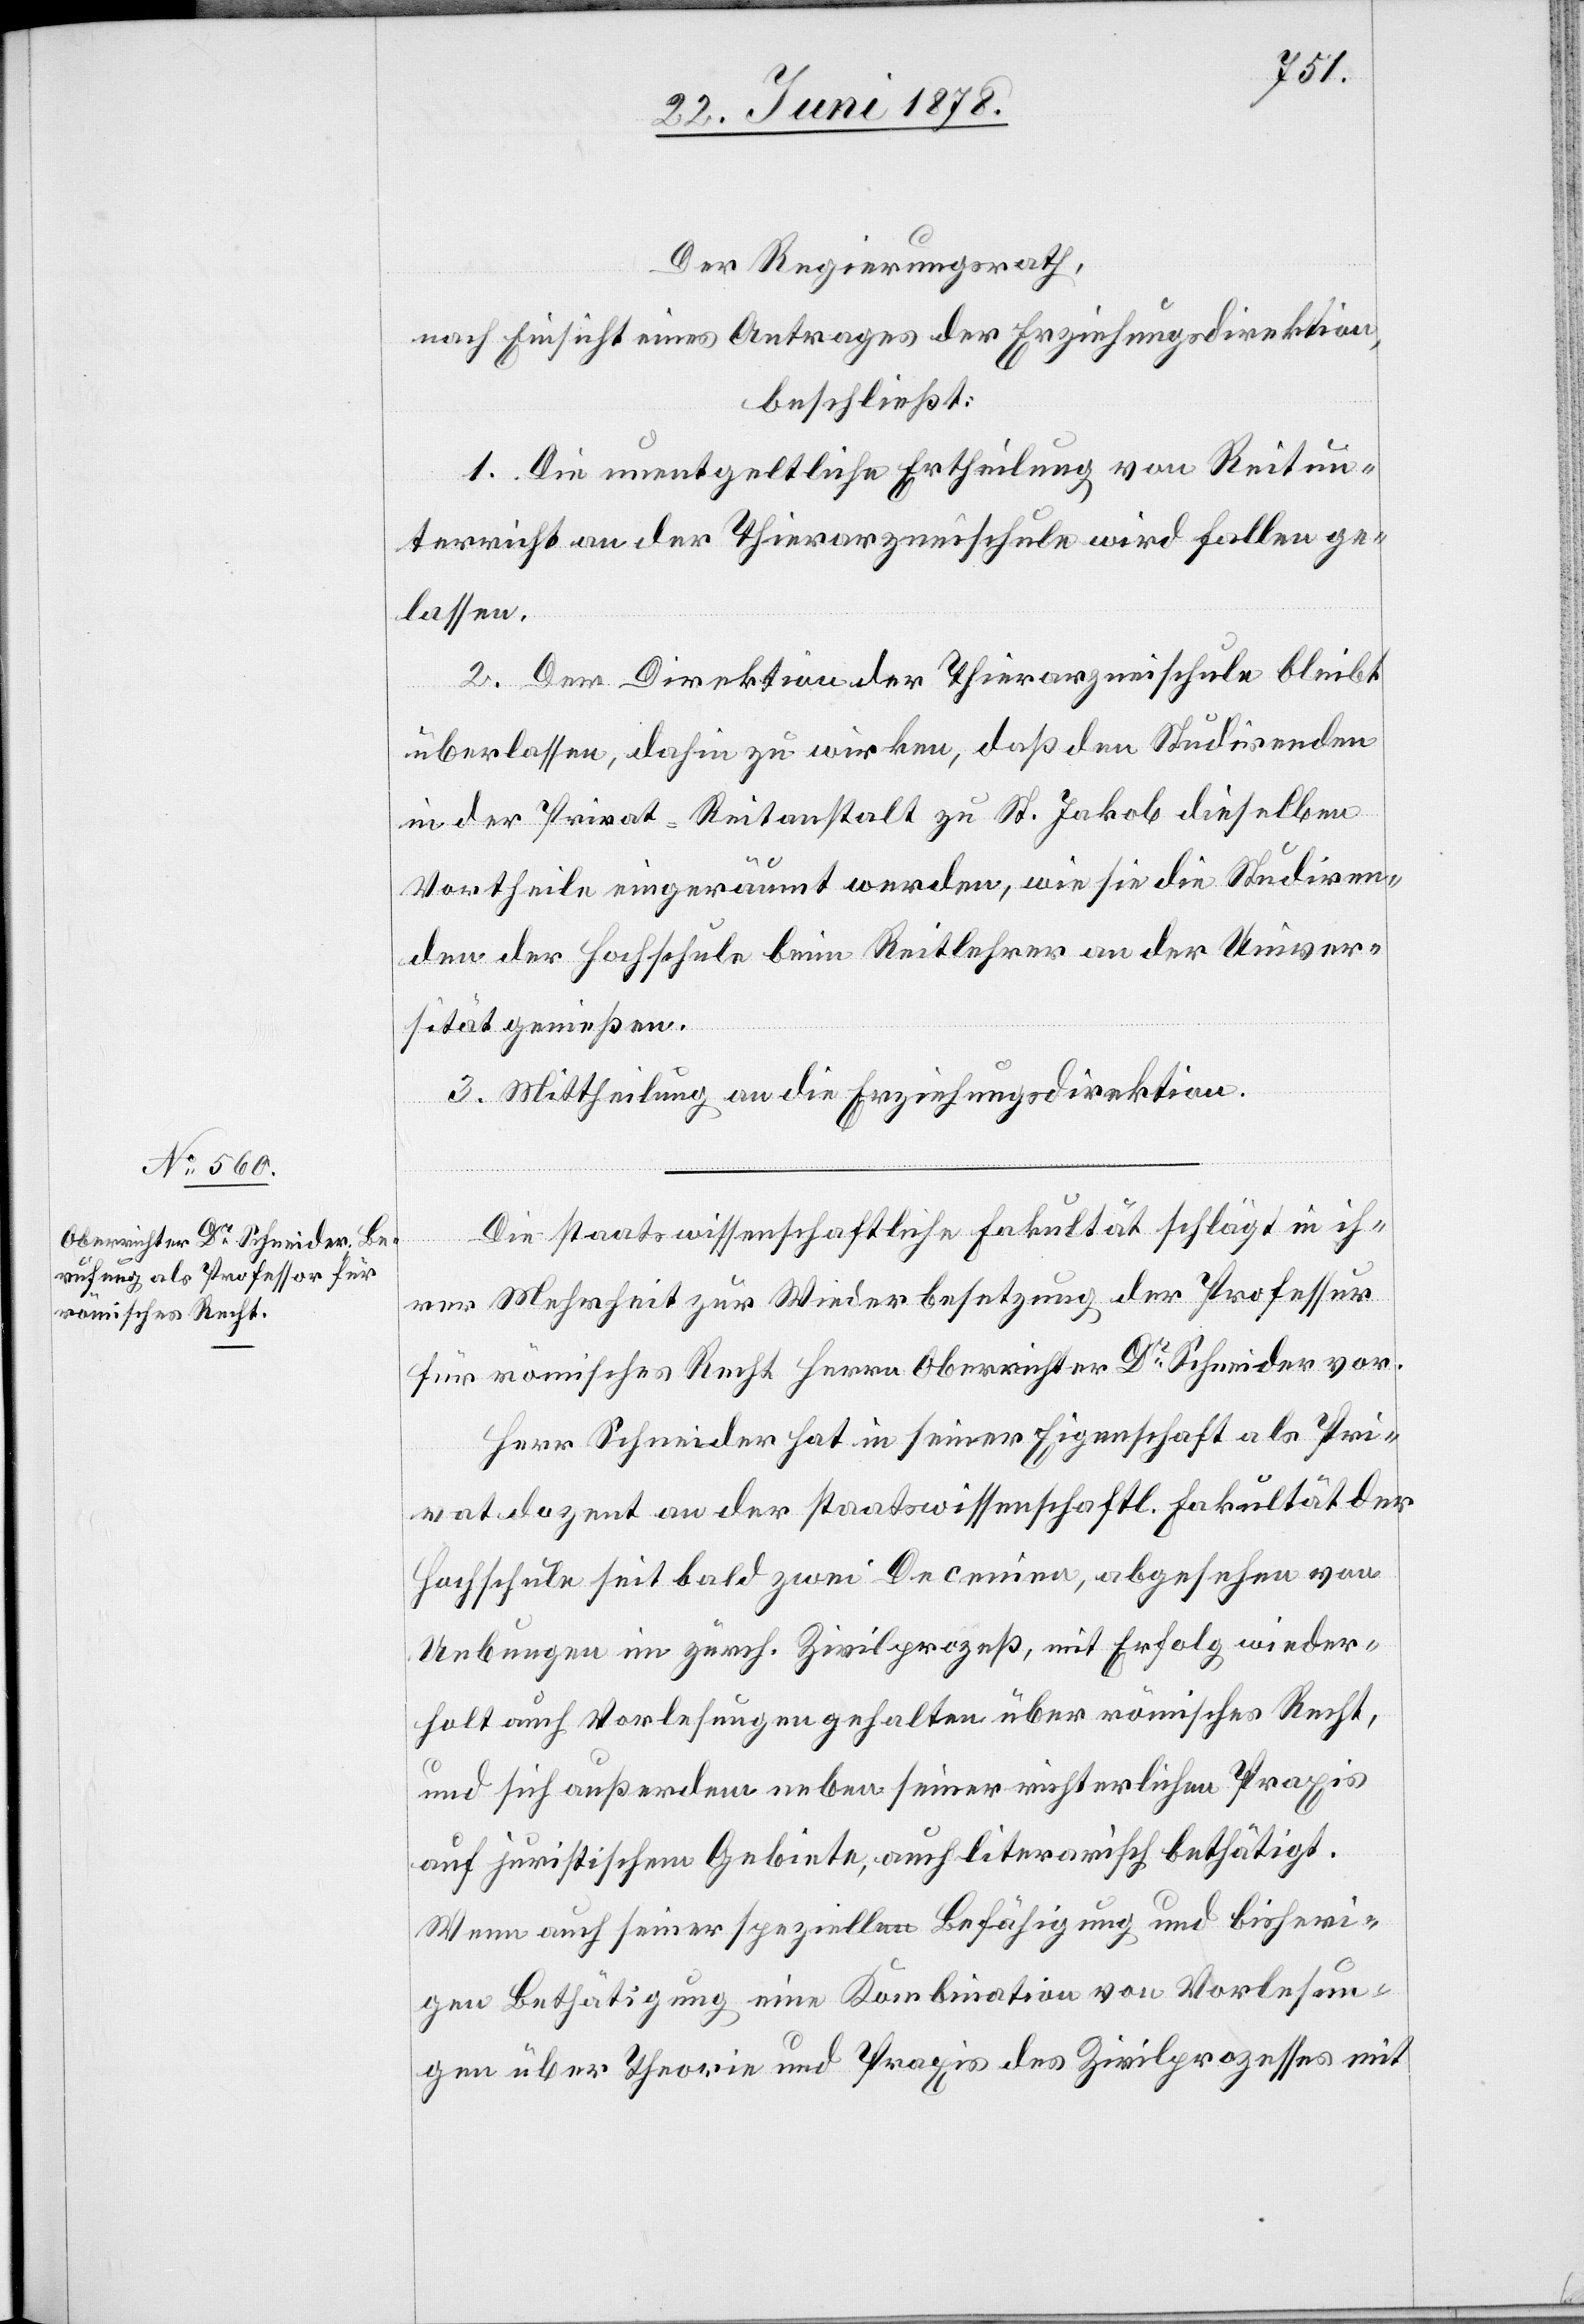
Der Regierungsrath,
nach Einsicht eines Antrages der Erziehungsdirektion,
beschließt:
1. Die unentgeltliche Ertheilung von Reitun¬
terricht an der Thierarzneischule wird fallen ge¬
lassen.
2. Der Direktion der Thierarzneischule bleibt
überlassen, dahin zu wirken, daß den Studirenden
in der Privat-Reitanstalt zu St. Jakob dieselben
Vortheile eingeräumt werden, wie sie die Studiren¬
den der Hochschule beim Reitlehrer an der Univer¬
sität genießen.
3. Mittheilung an die Erziehungsdirektion.
Die staatswissenschaftliche Fakultät schlägt in ih¬
rer Mehrheit zur Wiederbesetzung der Professur
für römisches Recht Herrn Oberrichter Dr Schneider vor.
Herr Schneider hat in seiner Eigenschaft als Pri¬
vatdozent an der staatswissenschaftl. Fakultät der
Hochschule seit bald zwei Decenien, abgesehen von
Uebungen im zürch. Zivilprozeß, mit Erfolg wieder¬
holt auch Vorlesungen gehalten über römisches Recht,
und sich außerdem neben seiner richterlichen Praxis
auf juristischem Gebiete, auch literarisch bethätigt.
Wenn auch seiner speziellen Befähigung und bisheri¬
gen Bethätigung eine Kombination von Vorlesun¬
gen über Theorie und Praxis des Zivilprozesses mit